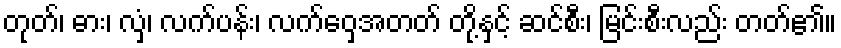
တုတ်၊ ဓား၊ လှံ၊ လက်ပန်း၊ လက်ဝှေ့အတတ် တို့နှင့် ဆင်စီး၊ မြင်းစီးလည်း တတ်၏။